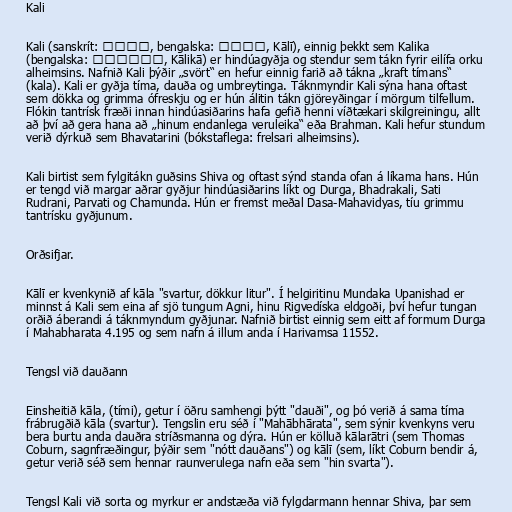
Kali

Kali (sanskrít: काली, bengalska: কালী, Kālī), einnig þekkt sem Kalika
(bengalska: কালিকা, Kālikā) er hindúagyðja og stendur sem tákn fyrir eilífa orku
alheimsins. Nafnið Kali þýðir „svört“ en hefur einnig farið að tákna „kraft tímans“
(kala). Kali er gyðja tíma, dauða og umbreytinga. Táknmyndir Kali sýna hana oftast
sem dökka og grimma ófreskju og er hún álitin tákn gjöreyðingar í mörgum tilfellum.
Flókin tantrísk fræði innan hindúasiðarins hafa gefið henni víðtækari skilgreiningu, allt
að því að gera hana að „hinum endanlega veruleika“ eða Brahman. Kali hefur stundum
verið dýrkuð sem Bhavatarini (bókstaflega: frelsari alheimsins).

Kali birtist sem fylgitákn guðsins Shiva og oftast sýnd standa ofan á líkama hans. Hún
er tengd við margar aðrar gyðjur hindúasiðarins líkt og Durga, Bhadrakali, Sati
Rudrani, Parvati og Chamunda. Hún er fremst meðal Dasa-Mahavidyas, tíu grimmu
tantrísku gyðjunum.

Orðsifjar.

Kālī er kvenkynið af kāla "svartur, dökkur litur". Í helgiritinu Mundaka Upanishad er
minnst á Kali sem eina af sjö tungum Agni, hinu Rigvedíska eldgoði, því hefur tungan
orðið áberandi á táknmyndum gyðjunar. Nafnið birtist einnig sem eitt af formum Durga
í Mahabharata 4.195 og sem nafn á illum anda í Harivamsa 11552.

Tengsl við dauðann

Einsheitið kāla, (tími), getur í öðru samhengi þýtt "dauði", og þó verið á sama tíma
frábrugðið kāla (svartur). Tengslin eru séð í "Mahābhārata", sem sýnir kvenkyns veru
bera burtu anda dauðra stríðsmanna og dýra. Hún er kölluð kālarātri (sem Thomas
Coburn, sagnfræðingur, þýðir sem "nótt dauðans") og kālī (sem, líkt Coburn bendir á,
getur verið séð sem hennar raunverulega nafn eða sem "hin svarta").

Tengsl Kali við sorta og myrkur er andstæða við fylgdarmann hennar Shiva, þar sem